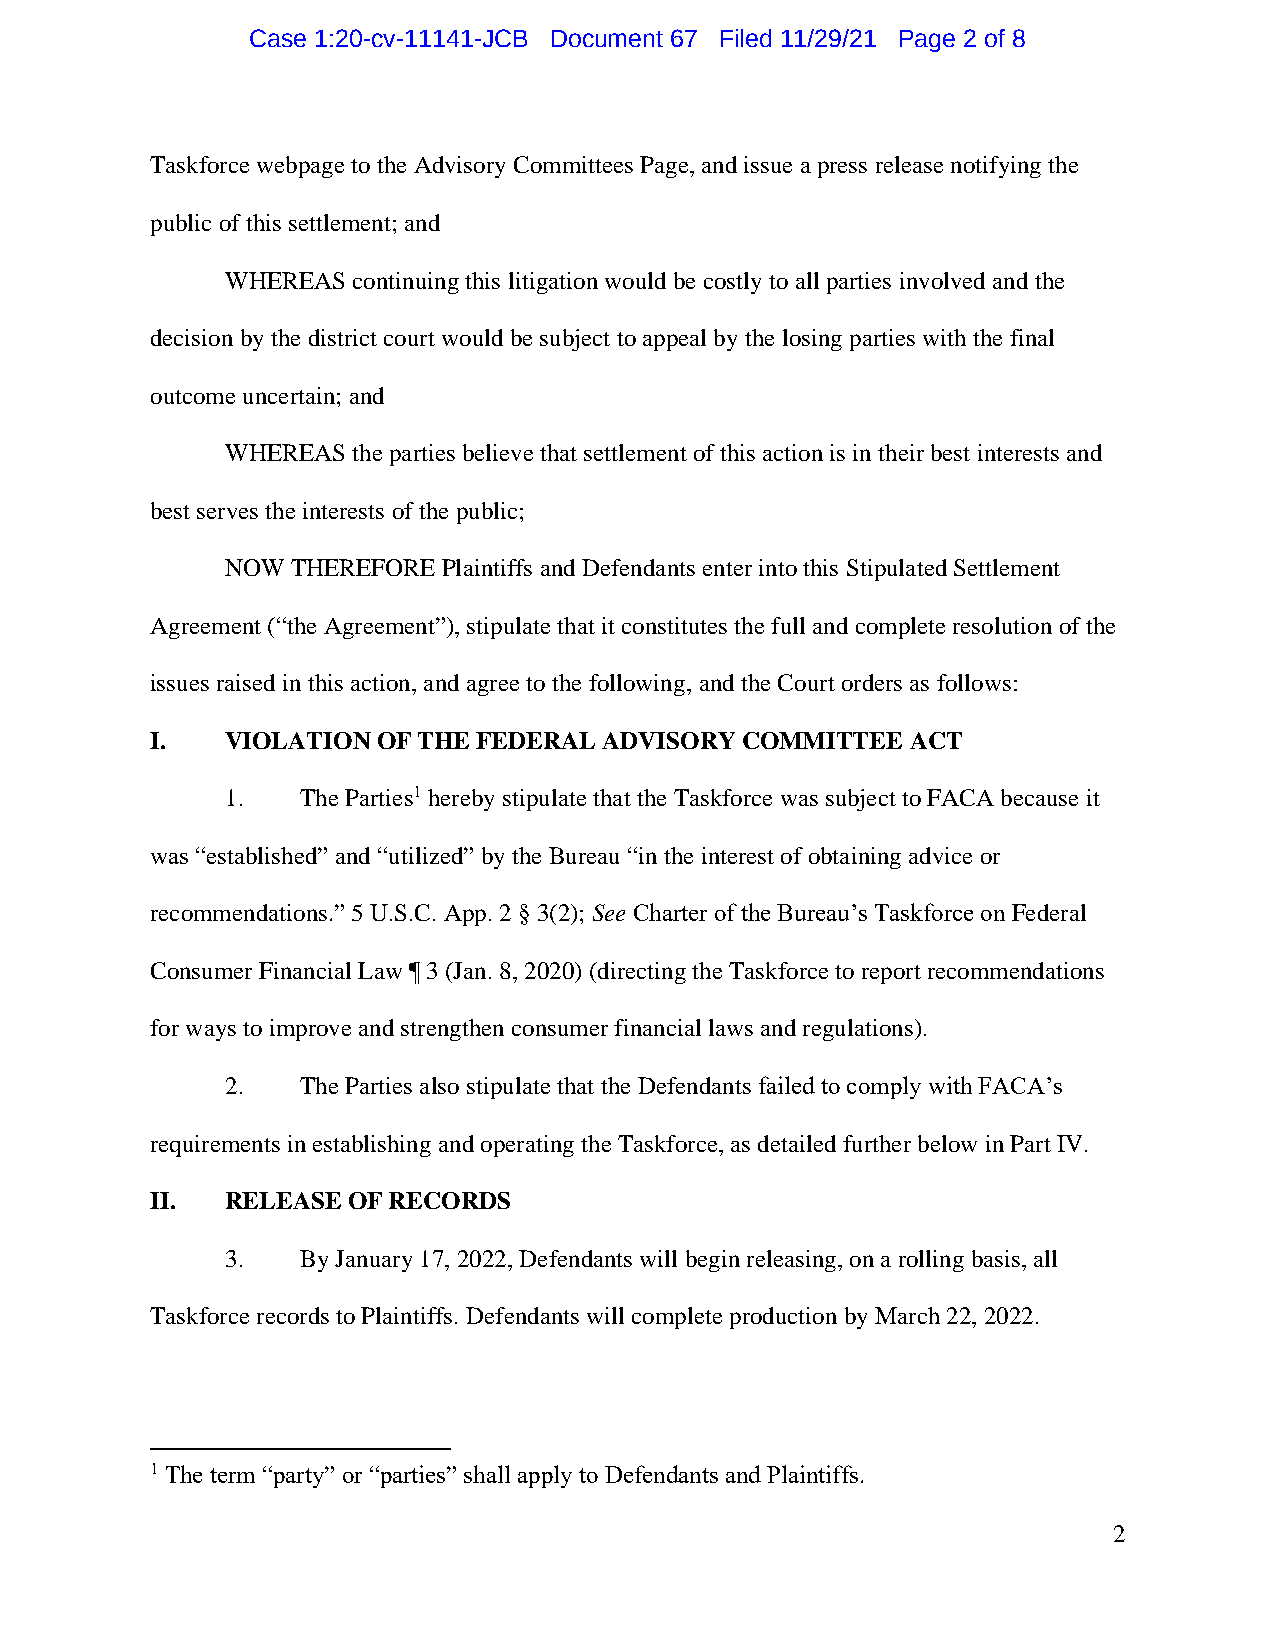
Case 1:20-cv-11141-JCB Document 67 Filed 11/29/21 Page 2 of 8
 Taskforce webpage to the Advisory Committees Page, and issue a press release notifying the
 public of this settlement; and
 WHEREAS continuing this litigation would be costly to all parties involved and the
 decision by the district court would be subject to appeal by the losing parties with the final
 outcome uncertain; and
 WHEREAS the parties believe that settlement of this action is in their best interests and
 best serves the interests of the public;
 NOW THEREFORE Plaintiffs and Defendants enter into this Stipulated Settlement
 Agreement (“the Agreement”), stipulate that it constitutes the full and complete resolution of the
 issues raised in this action, and agree to the following, and the Court orders as follows:
 I.   VIOLATION OF THE FEDERAL ADVISORY COMMITTEE  ACT
 1.   The Parties1 hereby stipulate that the Taskforce was subject to FACA because it
 was “established” and “utilized” by the Bureau “in the interest of obtaining advice or
 recommendations.” 5 U.S.C. App. 2 § 3(2); See Charter of the Bureau’s Taskforce on Federal
 Consumer Financial Law ¶ 3 (Jan. 8, 2020) (directing the Taskforce to report recommendations
 for ways to improve and strengthen consumer financial laws and regulations).
 2.   The Parties also stipulate that the Defendants failed to comply with FACA’s
 requirements in establishing and operating the Taskforce, as detailed further below in Part IV.
 II.  RELEASE OF RECORDS
 3.   By January 17, 2022, Defendants will begin releasing, on a rolling basis, all
 Taskforce records to Plaintiffs. Defendants will complete production by March 22, 2022.
 1 The term “party” or “parties” shall apply to Defendants and Plaintiffs.
 2